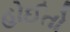
હોઈતો